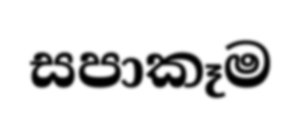
සපාකෑම